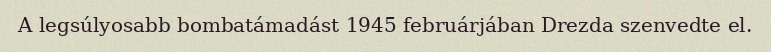
A legsúlyosabb bombatámadást 1945 februárjában Drezda szenvedte el.